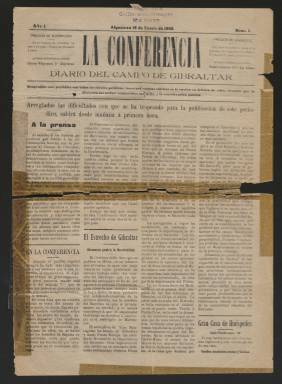
Título: La Conferencia (Algeciras)
Colección: Periódicos
Ámbito geográfico: Cádiz
Lugar de publicación: Algeciras [Cádiz]
Fechas: 18/01/1906-18/01/1906